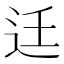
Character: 𨑳